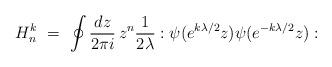
LaTeX: \begin{align*}H^k_n\ =\ \oint{dz\over 2\pi i}\, z^n{1\over 2\lambda}:\psi(e^{k\lambda/2}z)\psi (e^{-k\lambda/2}z):\end{align*}